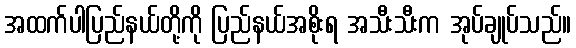
အထက်ပါပြည်နယ်တို့ကို ပြည်နယ်အစိုးရ အသီးသီးက အုပ်ချုပ်သည်။